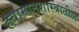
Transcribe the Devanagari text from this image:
हवामानशास्त्रातील